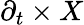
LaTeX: \partial_{t}\times X